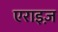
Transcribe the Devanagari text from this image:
एराइज़